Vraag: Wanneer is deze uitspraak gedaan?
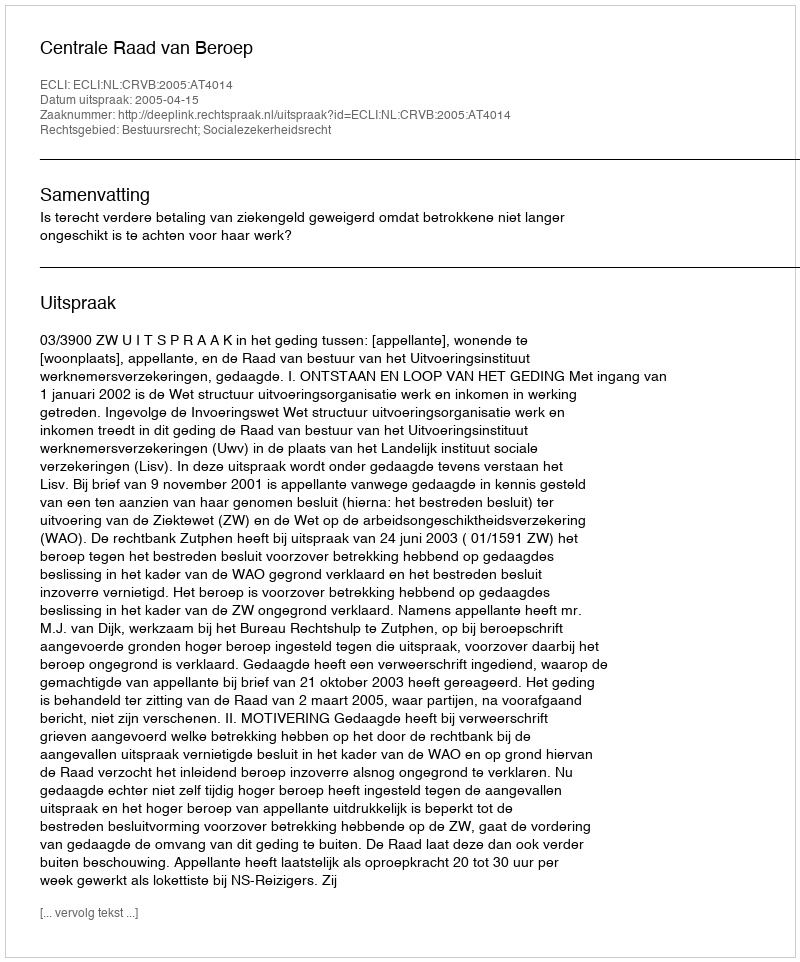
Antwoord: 2005-04-15